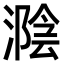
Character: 𣼩